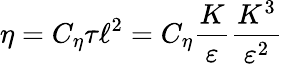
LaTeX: \eta=C_{\eta}\tau\ell^{2}=C_{\eta}\frac{K}{\varepsilon}\frac{K^{3}}{\varepsilon^{2}}